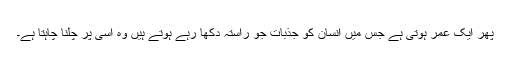
پھر ایک عمر ہوتی ہے جس میں انسان کو جذبات جو راستہ دکھا رہے ہوتے ہیں وہ اسی پر چلنا چاہتا ہے۔